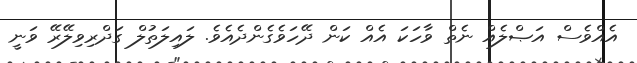
އެއްވެސް އަޞްލެއް ނެތް ވާހަކަ އެއް ކަން ދޭހަވެގެންދެއެވެ. ލައިލަތުލް ގަދްރިވިލޭރޭ ވަނީ